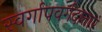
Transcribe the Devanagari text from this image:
स्वर्गापवर्गदातारं